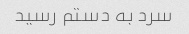
سرد به دستم رسید